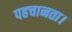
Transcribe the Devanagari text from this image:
पहचानता।